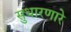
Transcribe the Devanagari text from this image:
सुधारणारे